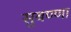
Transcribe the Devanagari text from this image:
सुबण्णा